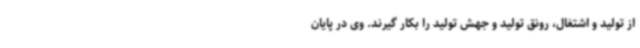
از تولید و اشتغال، رونق تولید و جهش تولید را بکار گیرند. وی در پایان